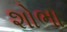
શોભા